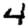
Digit: 4